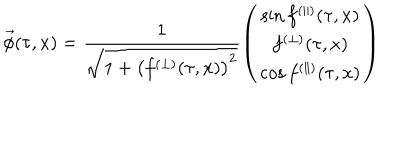
\vec { \phi } ( \tau , x ) = \frac { 1 } { \sqrt { 1 + \left( f ^ { ( \perp ) } ( \tau , x ) \right) ^ { 2 } } } \left( \begin{array} { c } { { \sin f ^ { ( \parallel ) } ( \tau , x ) } } \\ { { f ^ { ( \perp ) } ( \tau , x ) } } \\ { { \cos f ^ { ( \parallel ) } ( \tau , x ) } } \\ \end{array} \right)